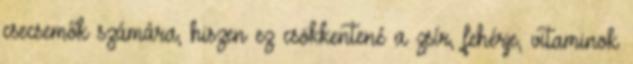
csecsemők számára, hiszen ez csökkentené a zsír, fehérje, vitaminok